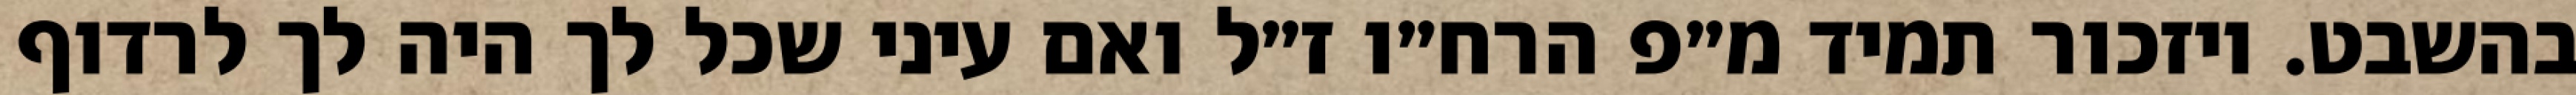
בהשבט. ויזכור תמיד מ״פ הרח״ו ז״ל ואם עיני שכל לך היה לך לרדוף